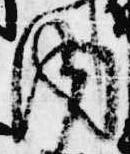
内